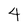
Character: 4